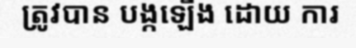
ត្រូវបាន បង្កឡើង ដោយ ការ